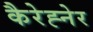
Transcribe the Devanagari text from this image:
कैरेह्नेर